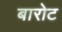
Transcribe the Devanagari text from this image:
बारोट